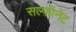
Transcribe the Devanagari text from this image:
सल्फ़ोनेट